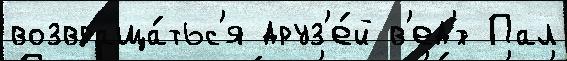
возвраща́тьс'я друз'е́й в'ед'́т Пал